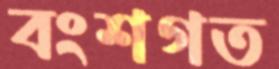
বংশগত